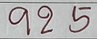
925